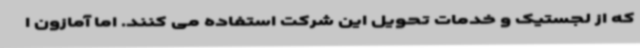
که از لجستیک و خدمات تحویل این شرکت استفاده می کنند. اما آمازون ا